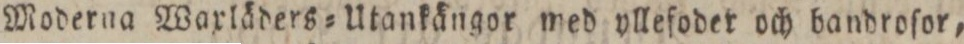
Moderna Waxläders=Utankängor med yllefoder och bandroſor,